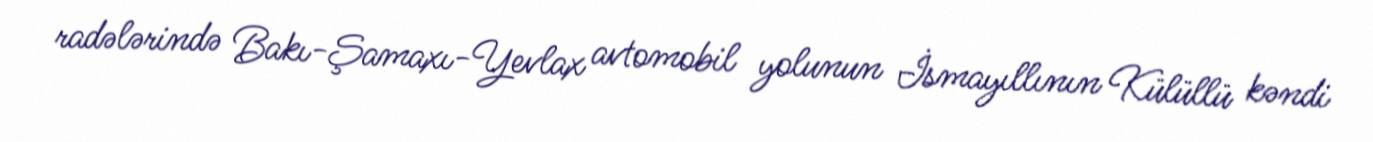
radələrində Bakı-Şamaxı-Yevlax avtomobil yolunun İsmayıllının Külüllü kəndi